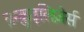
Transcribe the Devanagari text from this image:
त्रन्क़ुइलिज़ेर्स